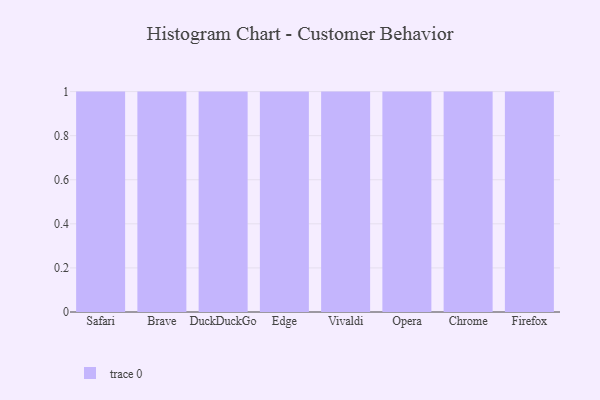
{"axis": {"x": "Browser", "y": "Waste Production (Tons)"}, "legend": [""], "data": [{"x": "Safari", "y": 84, "type": ""}, {"x": "Brave", "y": 77, "type": ""}, {"x": "DuckDuckGo", "y": 35, "type": ""}, {"x": "Edge", "y": 36, "type": ""}, {"x": "Vivaldi", "y": 48, "type": ""}, {"x": "Opera", "y": 10, "type": ""}, {"x": "Chrome", "y": 13, "type": ""}, {"x": "Firefox", "y": 36, "type": ""}]}